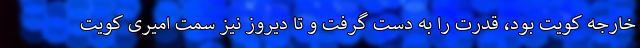
خارجه کویت بود، قدرت را به دست گرفت و تا دیروز نیز سمت امیری کویت